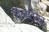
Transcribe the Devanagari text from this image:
गैल्टियर